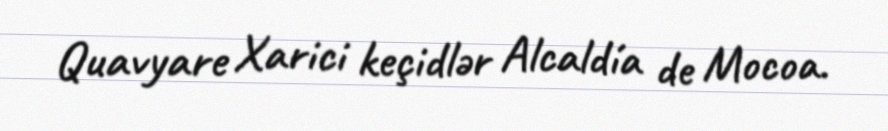
Quavyare Xarici keçidlər Alcaldía de Mocoa.